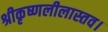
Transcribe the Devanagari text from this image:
श्रीकृष्णलीलास्तव।